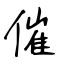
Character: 催